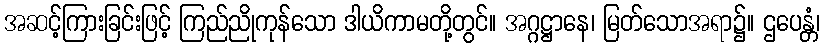
အဆင့်ကြားခြင်းဖြင့် ကြည်ညိုကုန်သော ဒါယိကာမတို့တွင်။ အဂ္ဂဋ္ဌာနေ၊ မြတ်သောအရာ၌။ ဌပေန္တံ၊